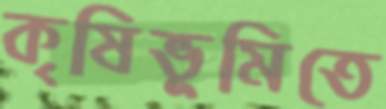
কৃষিভূমিতে